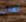
تحلق